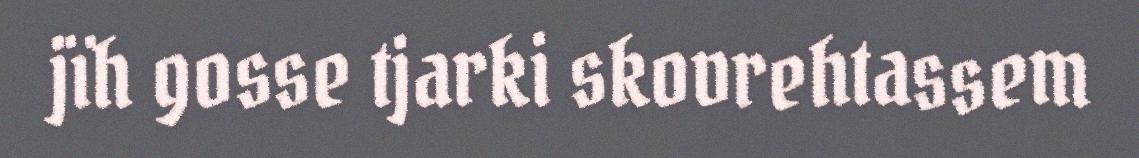
jïh gosse tjarki skovrehtassem